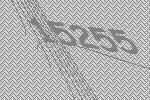
15255